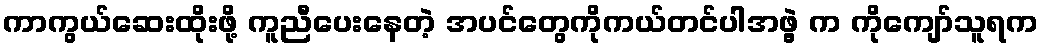
ကာကွယ်ဆေးထိုးဖို့ ကူညီပေးနေတဲ့ အပင်တွေကိုကယ်တင်ပါအဖွဲ့ က ကိုကျော်သူရက